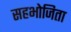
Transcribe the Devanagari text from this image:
सहभोजिता